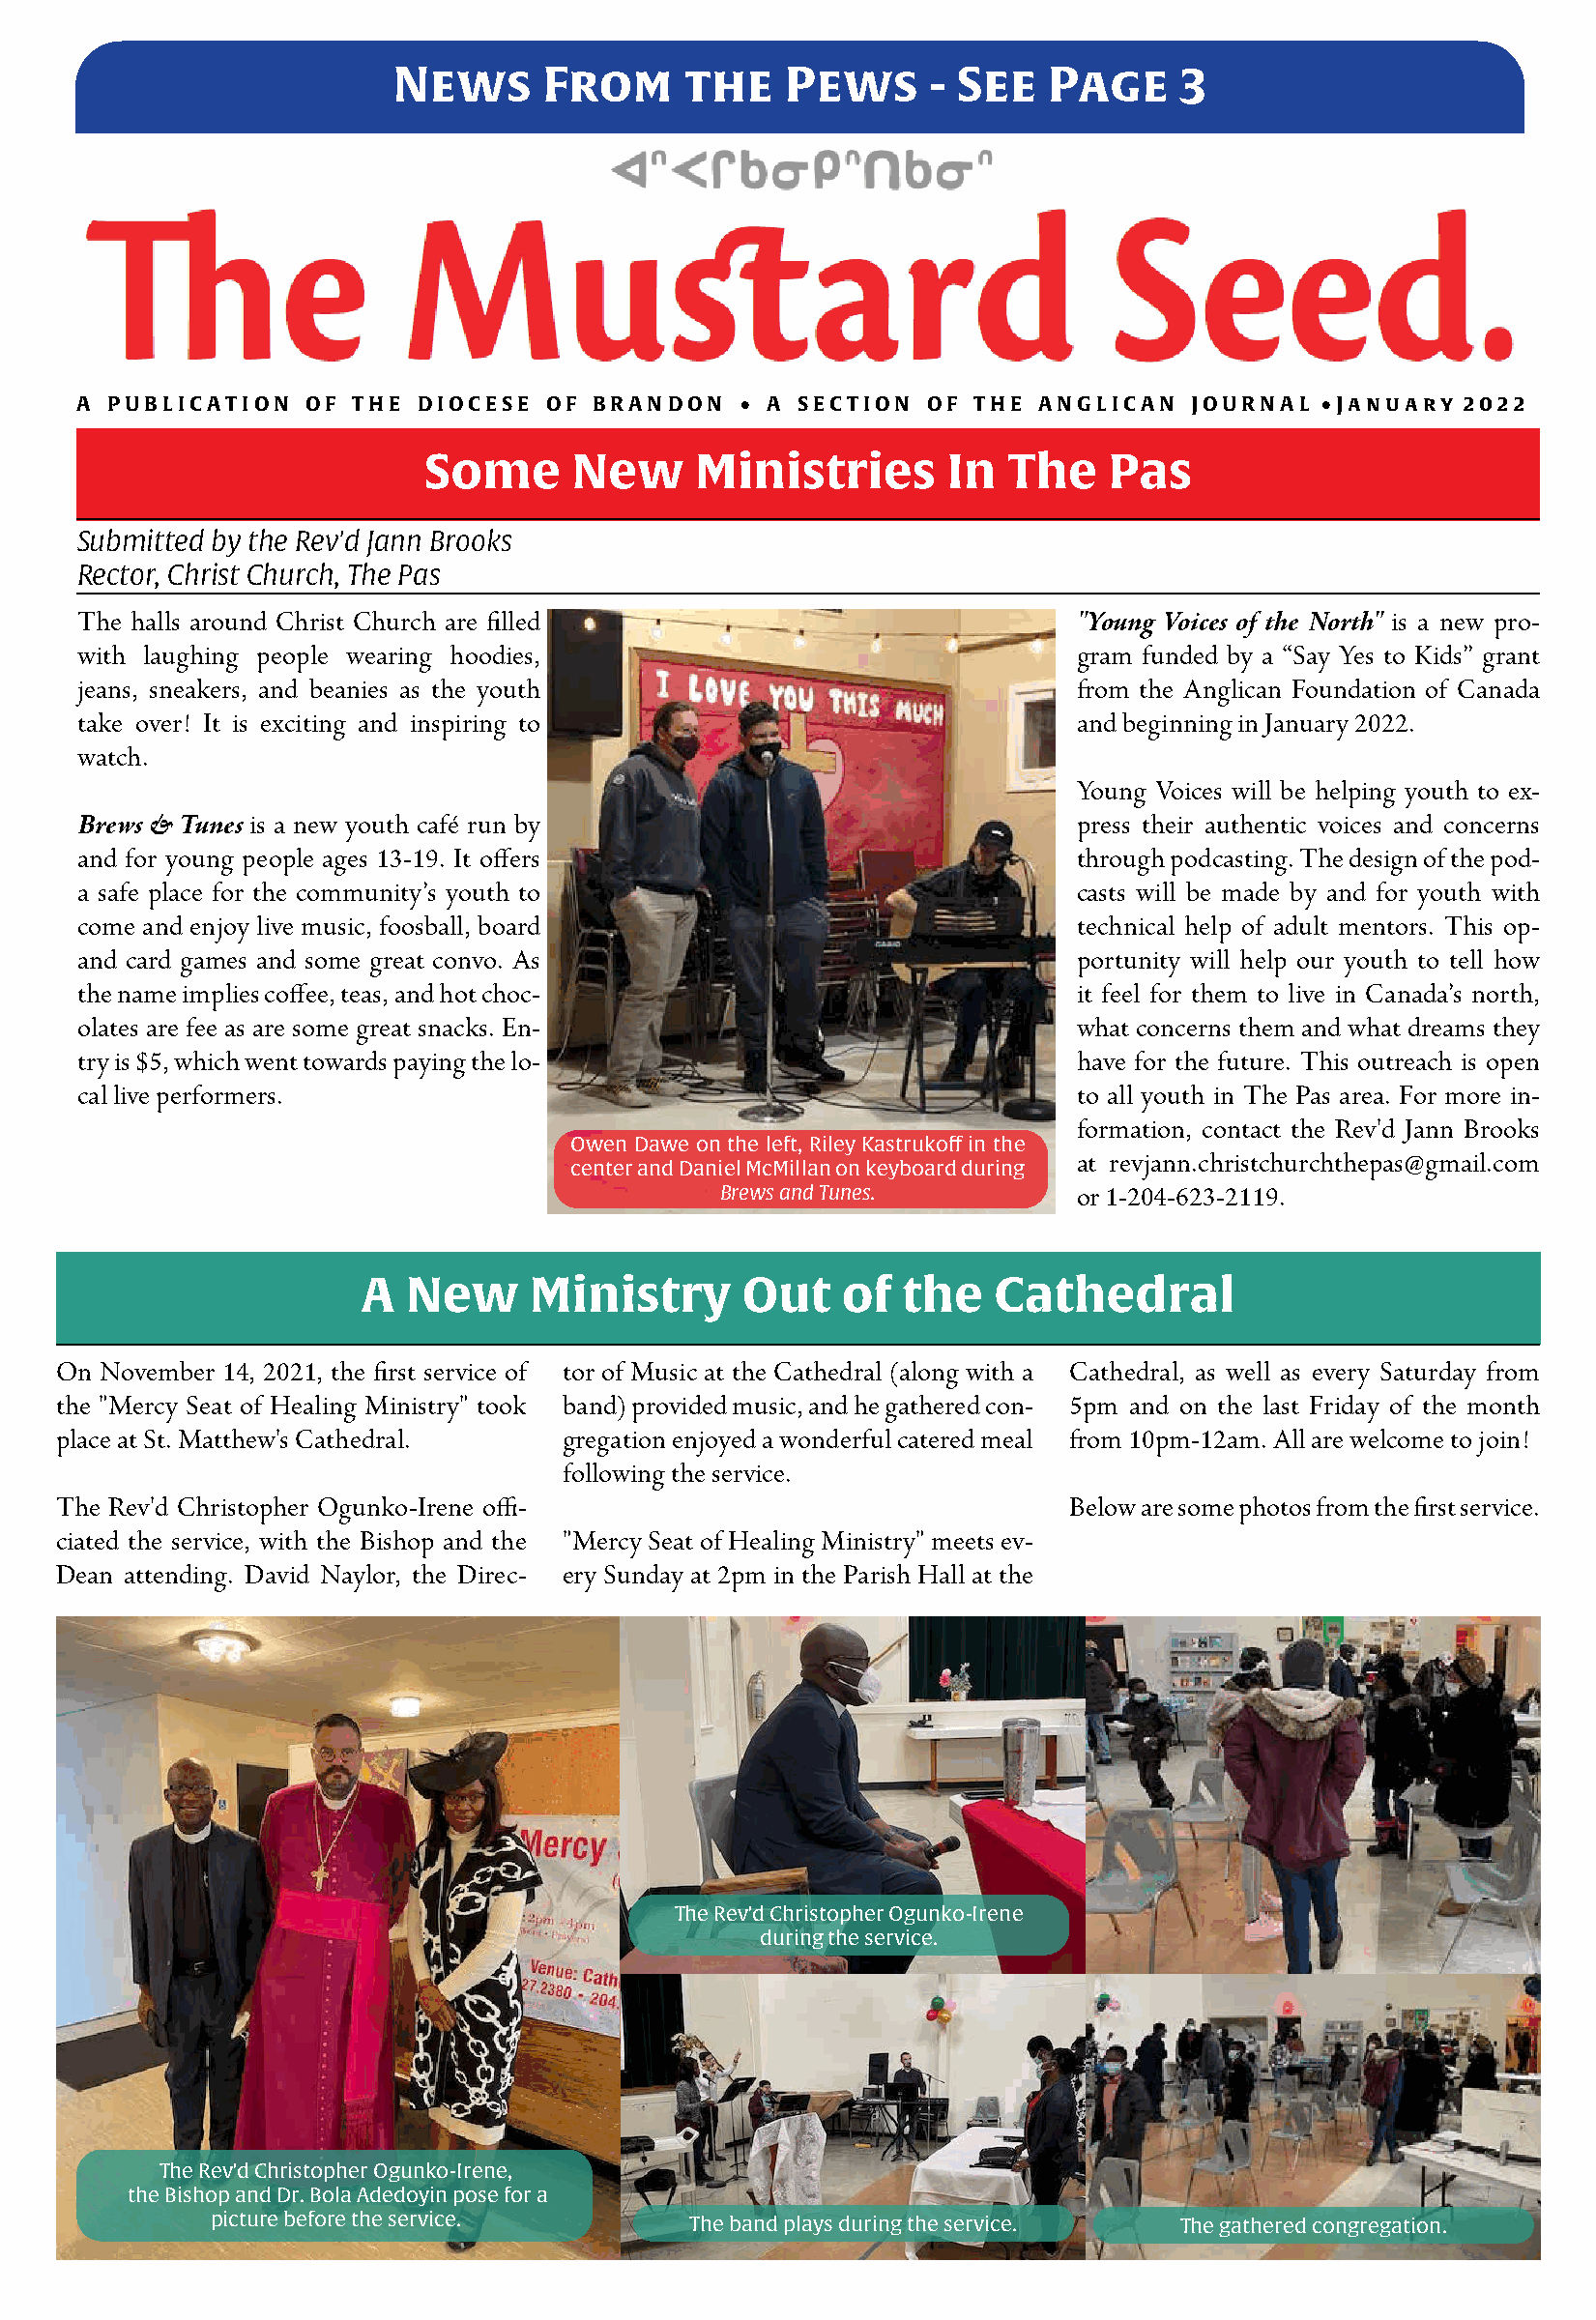
News      From      the    Pews      - See   Page     3
 A P U B L I C A T I O N O F T H E D I O C E S E O F B R A N D O N • A S E C T I O N O F T H E A N G L I C A N J O U R N A L • J a n u a r y 2 0 2 2
 Some      New      Ministries       In  The    Pas
 Submitted by the Rev'd Jann Brooks
 Rector, Christ Church, The Pas
 The halls around Christ Church are filled                            "Young Voices of the North" is a new pro-
 with laughing people wearing hoodies,                                gram funded by a “Say Yes to Kids” grant
 jeans, sneakers, and beanies as the youth                            from the Anglican Foundation of Canada
 take over! It is exciting and inspiring to                           and beginning in January 2022.
 watch.
 Young Voices will be helping youth to ex-
 Brews & Tunes is a new youth café run by                             press their authentic voices and concerns
 and for young people ages 13-19. It offers                           through podcasting. The design of the pod-
 a safe place for the community’s youth to                            casts will be made by and for youth with
 come and enjoy live music, foosball, board                           technical help of adult mentors. This op-
 and card games and some great convo. As                              portunity will help our youth to tell how
 the name implies coffee, teas, and hot choc-                         it feel for them to live in Canada’s north,
 olates are fee as are some great snacks. En-                         what concerns them and what dreams they
 try is $5, which went towards paying the lo-                         have for the future. This outreach is open
 cal live performers.                                                 to all youth in The Pas area. For more in-
 formation, contact the Rev'd Jann Brooks
 Owen Dawe on the left, Riley Kastrukoff in the
 at revjann.christchurchthepas@gmail.com
 center and Daniel McMillan on keyboard during
 Brews and Tunes.         or 1-204-623-2119.
 A  New     Ministry       Out    of  the   Cathedral
 On November 14, 2021, the first service of tor of Music at the Cathedral (along with a Cathedral, as well as every Saturday from
 the "Mercy Seat of Healing Ministry" took band) provided music, and he gathered con- 5pm and on the last Friday of the month
 place at St. Matthew's Cathedral.  gregation enjoyed a wonderful catered meal from 10pm-12am. All are welcome to join!
 following the service.
 The Rev'd Christopher Ogunko-Irene offi-                             Below are some photos from the first service.
 ciated the service, with the Bishop and the "Mercy Seat of Healing Ministry" meets ev-
 Dean attending. David Naylor, the Direc- ery Sunday at 2pm in the Parish Hall at the
 The Rev'd Christopher Ogunko-Irene
 during the service.
 The Rev'd Christopher Ogunko-Irene,
 the Bishop and Dr. Bola Adedoyin pose for a
 picture before the service.      The band plays during the service. The gathered congregation.